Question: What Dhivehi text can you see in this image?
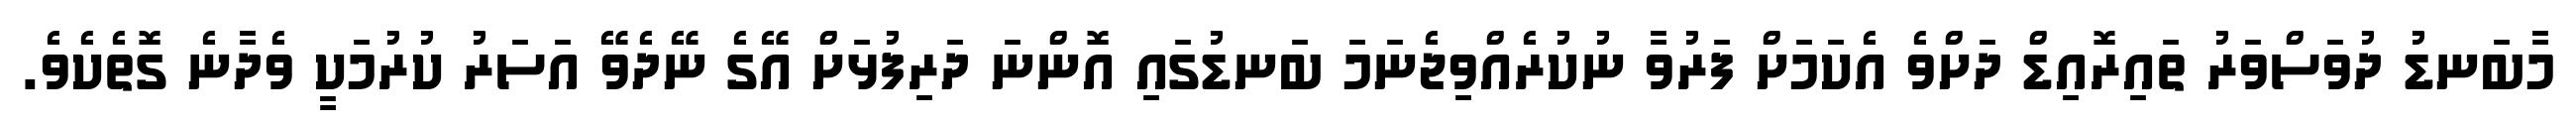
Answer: މާބަނޑު ދުވަސްވަރު ތައިރޮއިޑް ދަށްވެ އެކަމަށް ފަރުވާ ނުކުރެއްވިޖެނަމަ ބަނޑުގައި އޮންނަ ދަރިފުޅަށް އޭގެ ނޭދެވޭ އަސަރު ކުރުމަކީ ވެދާނެ ގޮތެކެވެ.